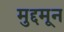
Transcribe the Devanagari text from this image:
मुद्दमून